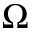
\Omega